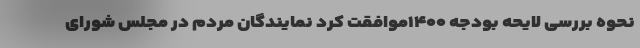
نحوه بررسی لایحه بودجه ۱۴۰۰موافقت کرد نمایندگان مردم در مجلس شورای